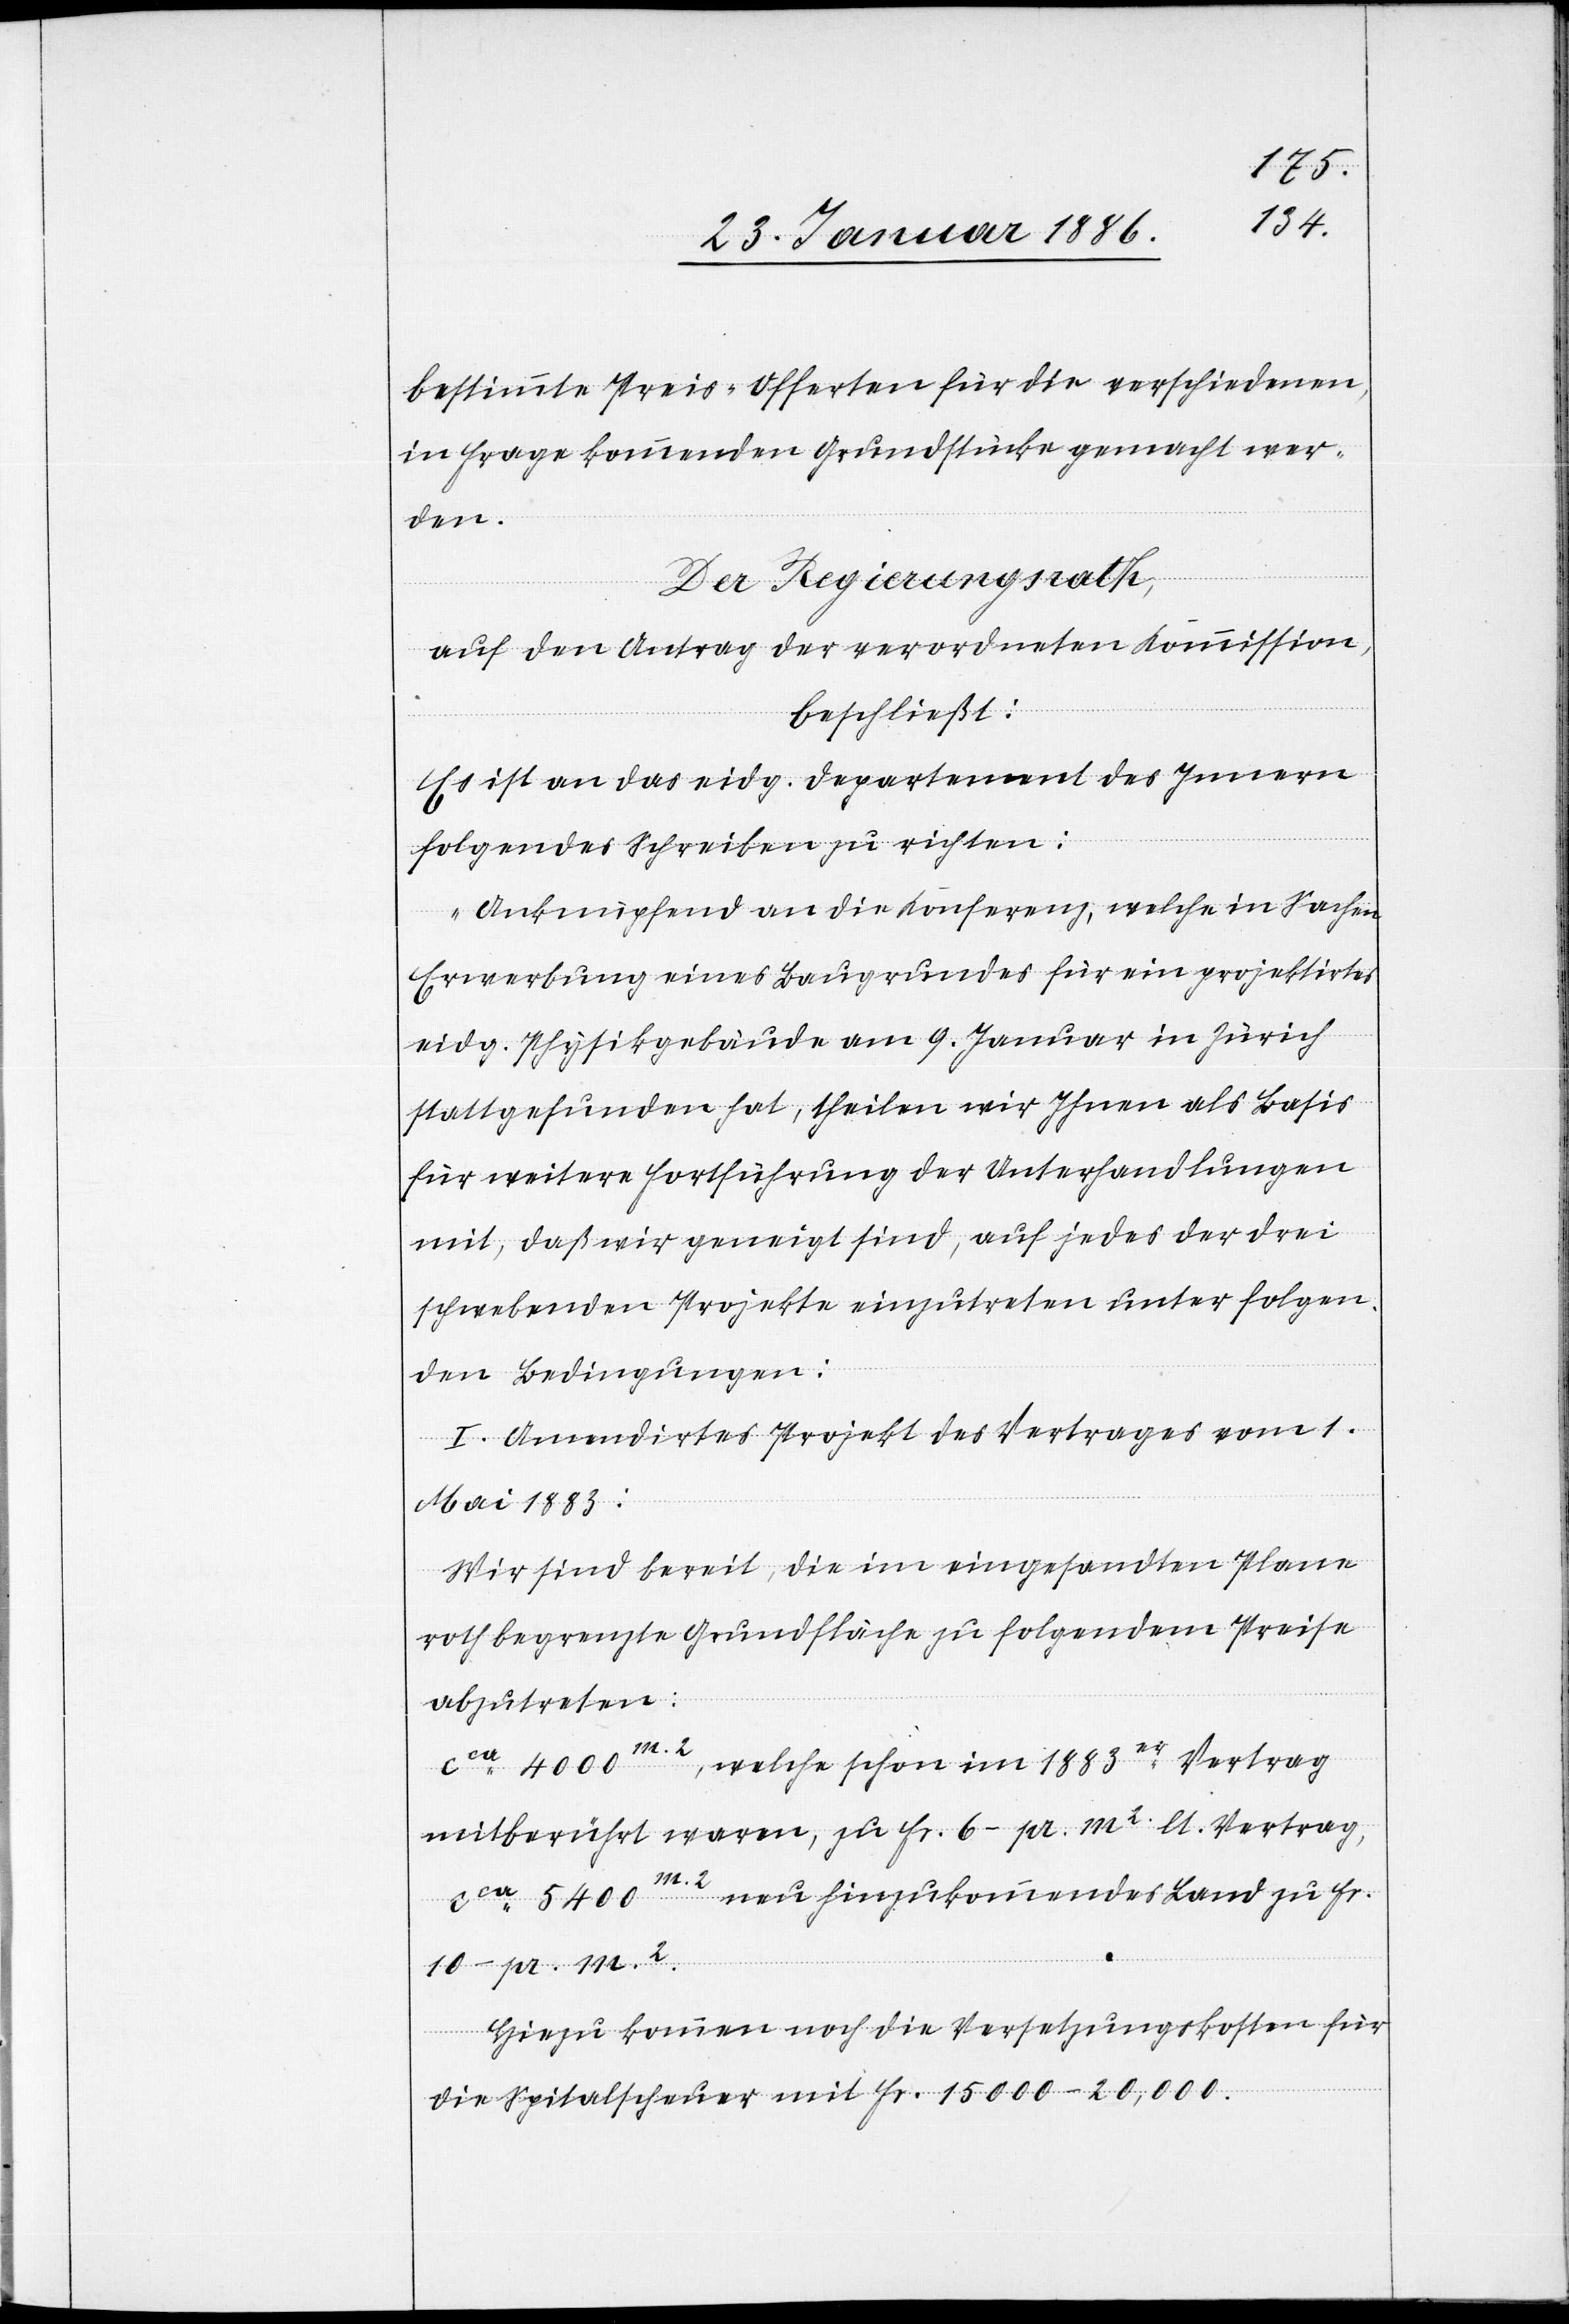
bestimmte Preis-Offerten für die verschiedenen
in Frage kommenden Grundstücke gemacht wer¬
den.
Der Regierungsrath,
auf den Antrag der verordneten Kommission,
beschließt:
Es ist an das eidg. Departement des Innern
folgendes Schreiben zu richten:
„Anknüpfend an die Konferenz, welche in Sachen
Erwerbung eines Baugrunde für ein projektirtes
eidg. Physikgebäude am 9. Januar in Zürich
stattgefunden hat, theilen wir Ihnen als Basis
für weitere Fortführung der Unterhandlungen
mit, daß wir geneigt sind, auf jedes der drei
schwebenden Projekte einzutreten unter folgen¬
den Bedingungen:
I. Amendirtes Projekt des Vertrages vom 1.
Mai 1883:
Wir sind bereit, die im eingesandten Plane
roth begrenzte Grundfläche zu folgendem Preis
abzutreten:
cca 4000 m2, welche schon im 1883er Vertrag
mitberührt waren, zu Fr. 6.– pr. m2 lt. Vertrag,
cca 5400 m2 nun hinzukommendes Land zu Fr.
10.– pr. m2.
Hinzu kommen noch die Versetzungskosten für
die Spitalsteuer mit Fr. 15,000–20,000.